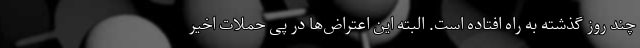
چند روز گذشته به راه افتاده است. البته این اعتراض‌ها در پی حملات اخیر